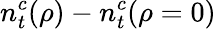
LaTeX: n_{t}^{c}(\rho)-n_{t}^{c}(\rho=0)